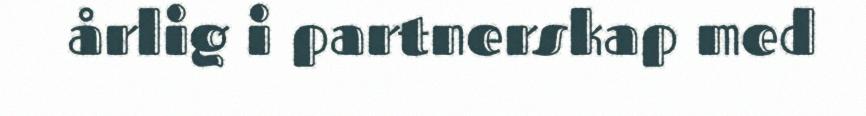
årlig i partnerskap med